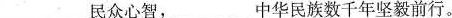
___民众心智，___中华民族数千年坚毅前行。